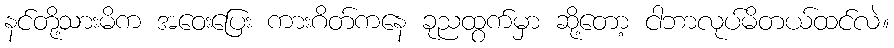
နင်တို့သားမိက အဝေးပြေး ကားဂိတ်ကနေ ခုညထွက်မှာ ဆို့တော့ ငါဘာလုပ်မိတယ်ထင်လဲ။